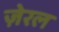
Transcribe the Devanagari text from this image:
ज़ेरल